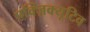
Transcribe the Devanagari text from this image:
एक्ज़िक्यूटिव